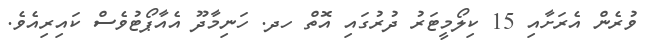
ވުރެން އެރަށާއި 15 ކިލޯމީޓަރު ދުރުގައި އޮތް ހދ. ހަނިމާދޫ އެއާޕޯޓުވެސް ކައިރިއެވެ.